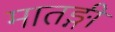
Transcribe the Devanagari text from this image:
मातङ्गी